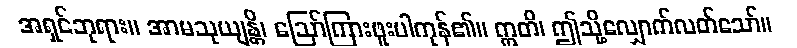
အရှင်ဘုရား။ အာမသုယျန္တိ၊ ဩော်ကြားဖူးပါကုန်၏။ ဣတိ၊ ဤသို့လျှောက်လတ်သော်။